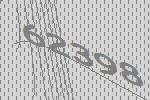
62398